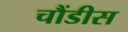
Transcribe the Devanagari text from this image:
चौंडीस